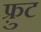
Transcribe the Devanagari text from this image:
फ़्रुट